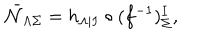
LaTeX: \bar { \cal N } _ { \Lambda \Sigma } = h _ { \Lambda | I } \circ ( f ^ { - 1 } ) _ { \Sigma } ^ { I } ,